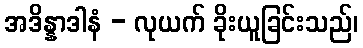
အဒိန္နာဒါနံ - လုယက် ခိုးယူခြင်းသည်၊